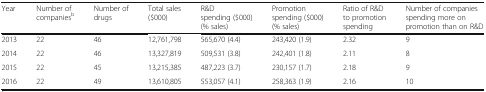
| Year | Number of companiesb | Number of drugs | Total sales ($000) | R&D spending ($000)(% sales) | Promotion spending ($000)(% sales) | Ratio of R&D to promotion spending | Number of companies spending more on promotion than on R&D |
 | --- | --- | --- | --- | --- | --- | --- | --- |
 | 2013 | 22 | 46 | 12,761,798 | 565,670 (4.4) | 243,420 (1.9) | 2.32 | 9 |
 | 2014 | 22 | 46 | 13,327,819 | 509,531 (3.8) | 242,401 (1.8) | 2.11 | 8 |
 | 2015 | 22 | 45 | 13,215,385 | 487,223 (3.7) | 230,157 (1.7) | 2.18 | 9 |
 | 2016 | 22 | 49 | 13,610,805 | 553,057 (4.1) | 258,363 (1.9) | 2.16 | 10 |